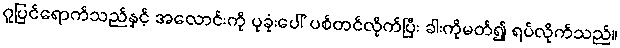
ဂူပြင်ရောက်သည်နှင့် အလောင်းကို ပုခုံးပေါ် ပစ်တင်လိုက်ပြီး ခါးကိုမတ်၍ ရပ်လိုက်သည်။